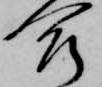
合